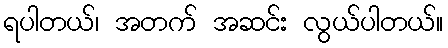
ရပါတယ်၊ အတက် အဆင်း လွယ်ပါတယ်။